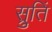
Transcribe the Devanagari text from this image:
स्रुतिं